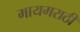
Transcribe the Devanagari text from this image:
मायमराठी